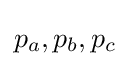
p_{a},p_{b},p_{c}